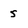
Character: 5